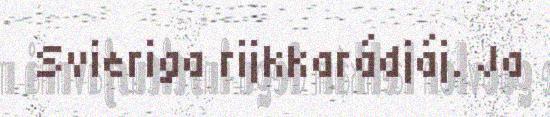
Svieriga rijkkarádjáj. Ja